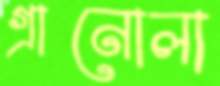
গ্রানোলা